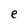
Character: e